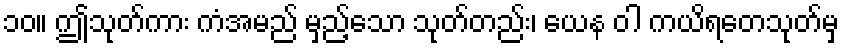
၁၀။ ဤသုတ်ကား ကံအမည် မှည့်သော သုတ်တည်း၊ ယေန ဝါ ကယိရတေသုတ်မှ